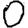
Digit: 0